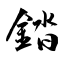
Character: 錔